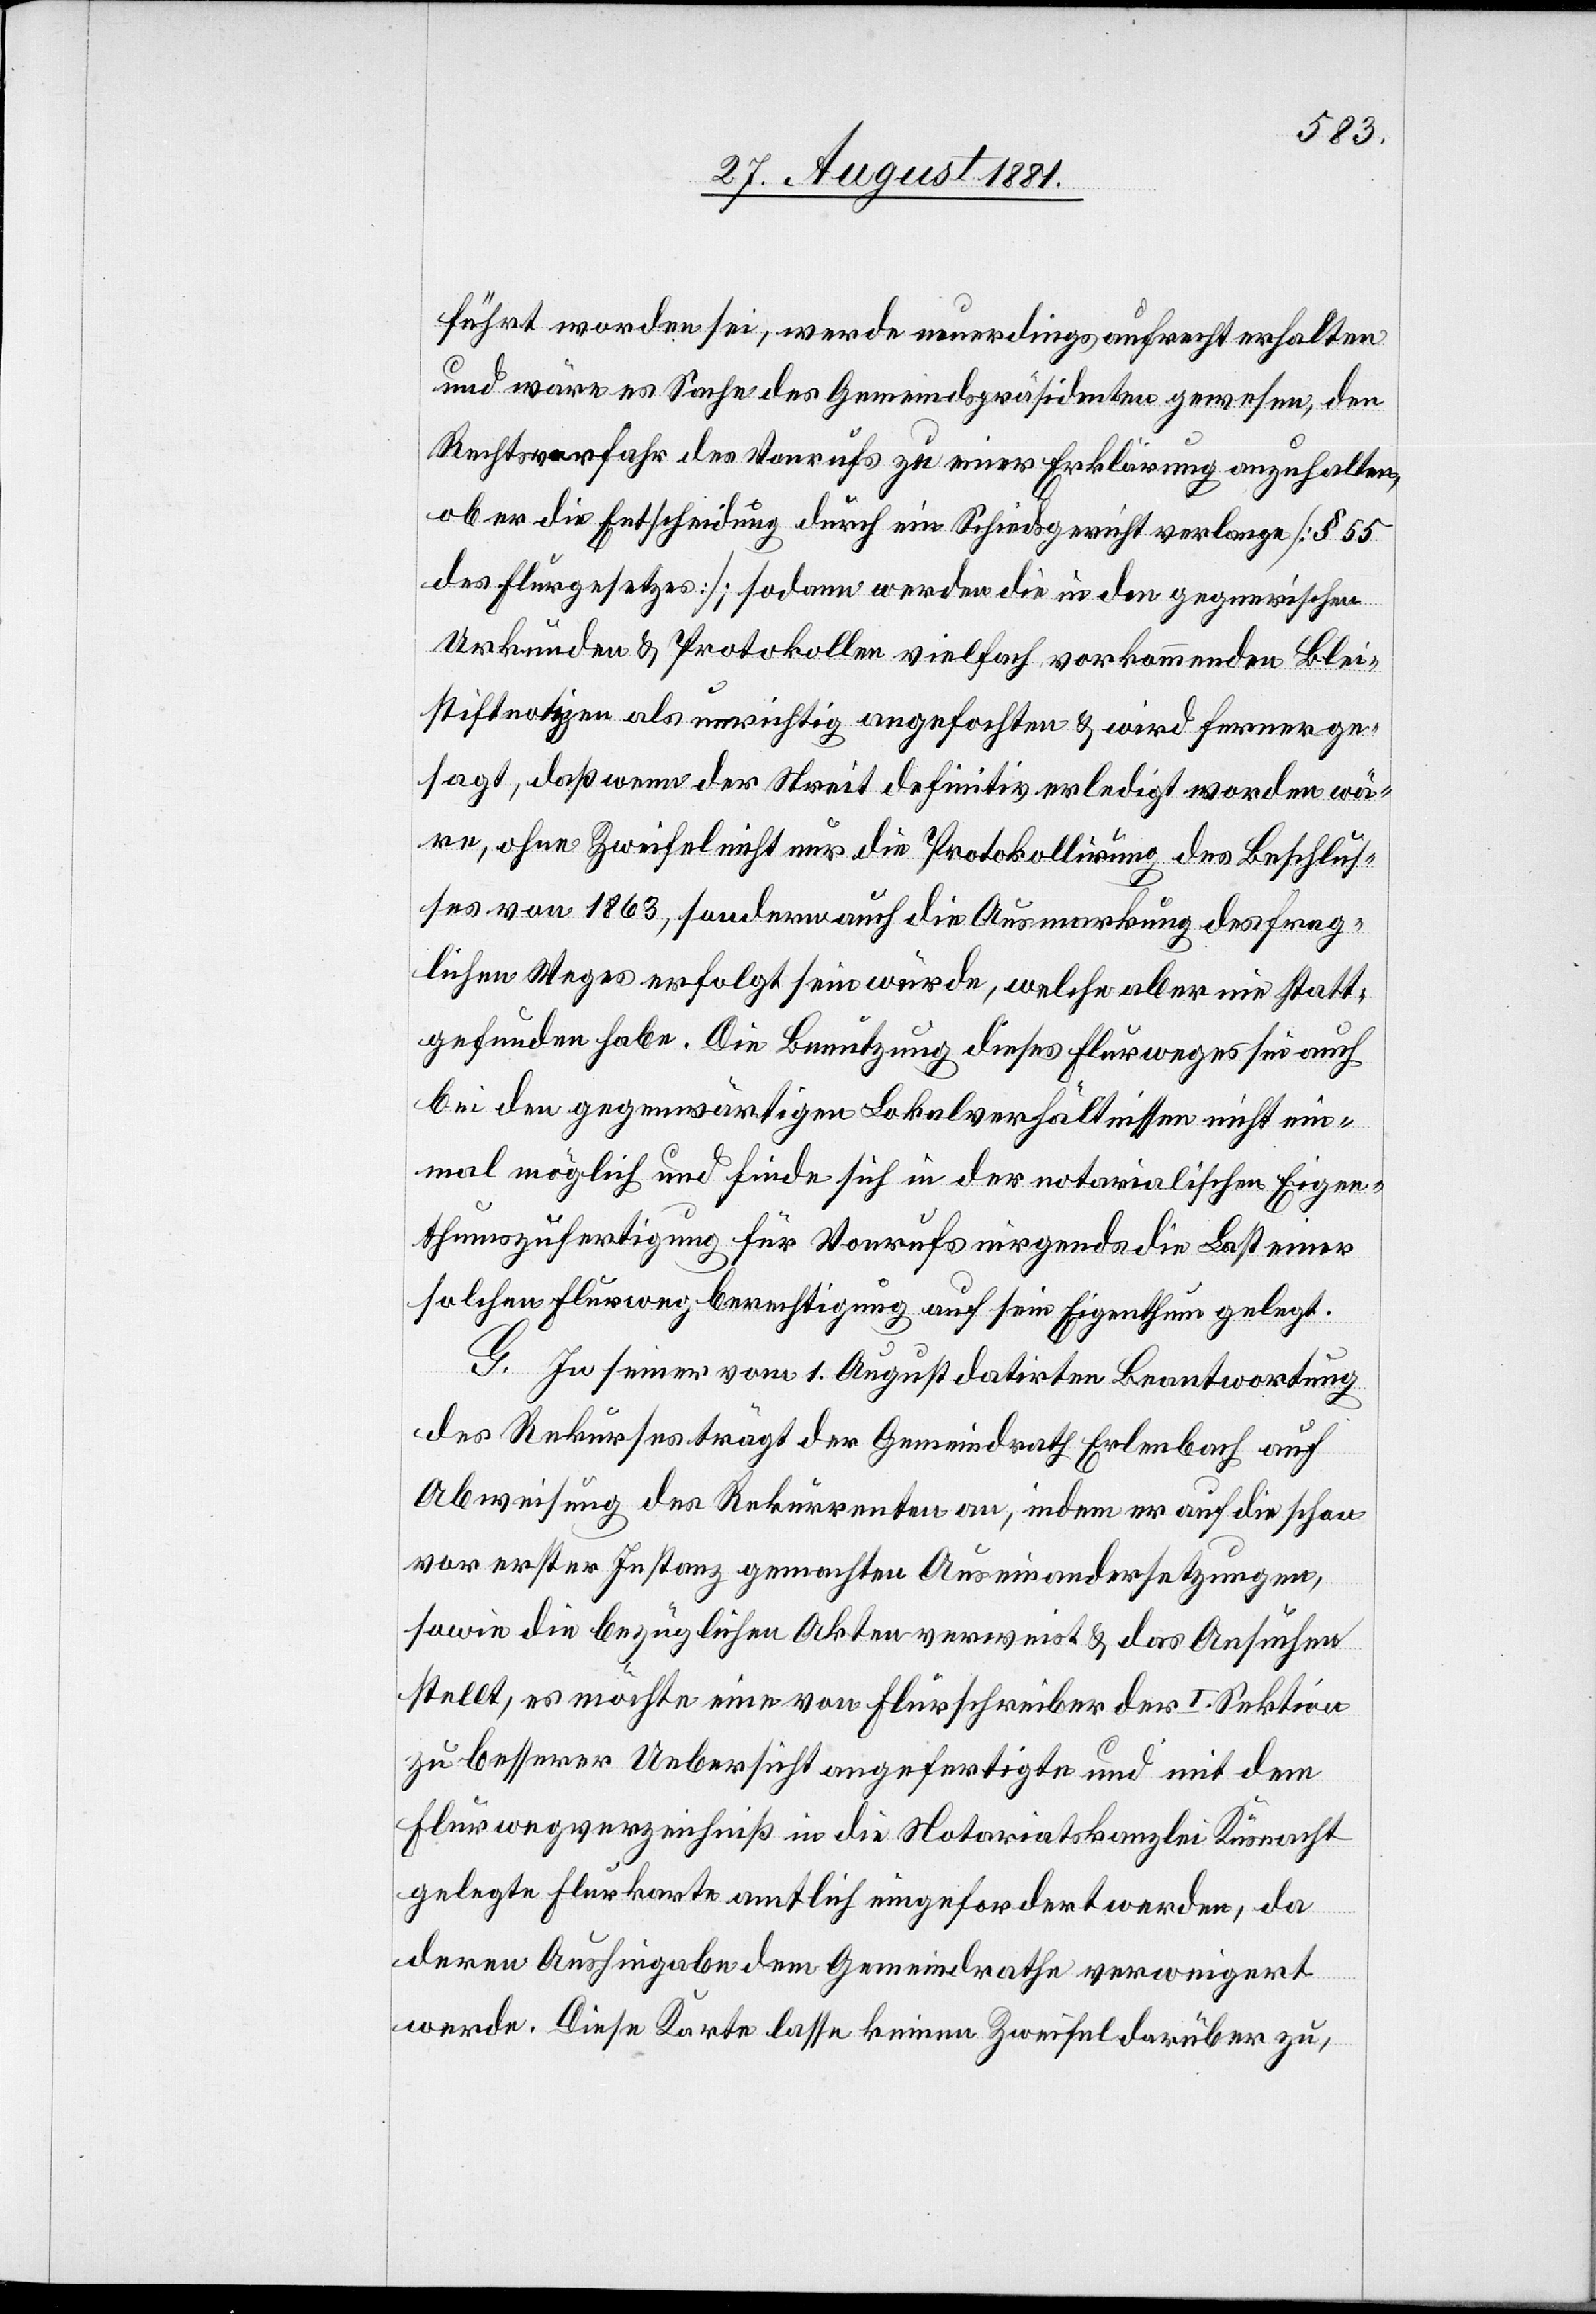
führt worden sei, werde neuerdings aufrecht erhalten
und wäre es Sache des Gemeindspräsidenten gewesen, den
Rechtsvorfahr des Vonrufs zu einer Erklärung anzuhalten,
ob er die Entscheidung durch ein Schiedsgericht verlange [§ 55
des Flurgesetzes]; sodann werde die in den gegnerischen
Urkunden & Protokollen vielfach vorkommende Blei¬
stiftnotizen als unrichtig angefochten & wird ferner ge¬
sagt, daß wenn der Streit definitiv erledigt worden wä¬
re, ohne Zweifel leicht nur die Protokollirung des Beschlus¬
ses von 1863, sondern auch die Ausmarkung des frag¬
lichen Weges erfolgt sein würde, welche aber nie statt¬
gefunden habe. Die Benutzung dieses Flurweges sei auch
bei den gegenwärtigen Lokalverhältnissen nicht ein¬
mal möglich und finde sich in der notarialischen Eigen¬
thumszufertigung für Vonrufs nirgends die Last einer
solchen Flurwegberechtigung auf sein Eigenthum gelegt.
G. In seiner vom 1. August datirten Beantwortung
des Rekurses trägt der Gemeindrath Erlenbach auch
Abweisung des Rekurrenten an, indem er auf die schon
vor erster Instanz gemachten Auseinandersetzungen,
sowie die bezüglichen Akten verweist & das Ansuchen
stellt, es möchte eine von Flurschreiber der I. Sektion
zu besserer Uebersicht angefertigte und mit dem
Flurwegverzeichniß in die Notariatskanzlei Küsnacht
gelegte Flurkarte amtlich eingefordert werden, da
deren Aushingabe dem Gemeindrathe verweigert
werde. Diese Karte lasse keinen Zweifel darüber zu,